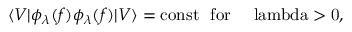
\langle V | \phi _ { \lambda } ( f ) \phi _ { \lambda } ( f ) | V \rangle = \mathrm { c o n s t \ \ f o r \ \ ~ \ l a m b d a > 0 , ~ }